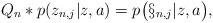
LaTeX: \begin{align*}Q_n\ast p(z_{n,j}|z,a) = p\bigl(\S_{n,j}|z,a\bigr), \end{align*}